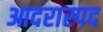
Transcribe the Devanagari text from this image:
आदरास्पद